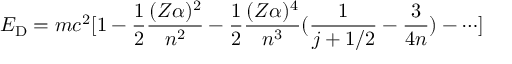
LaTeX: E _ { \mathrm { D } } = m c ^ { 2 } [ 1 - \frac { 1 } { 2 } \frac { ( Z \alpha ) ^ { 2 } } { n ^ { 2 } } - \frac { 1 } { 2 } \frac { ( Z \alpha ) ^ { 4 } } { n ^ { 3 } } ( \frac { 1 } { j + 1 / 2 } - \frac { 3 } { 4 n } ) - \cdots ]